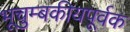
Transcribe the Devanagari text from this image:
भूचुम्बकीयपूर्वक